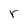
Character: r